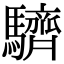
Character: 䮺